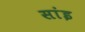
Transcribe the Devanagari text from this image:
सांइ